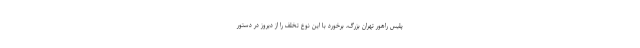
پلیس راهور تهران بزرگ، برخورد با این نوع تخلف را از دیروز در دستور